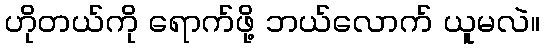
ဟိုတယ်ကို ရောက်ဖို့ ဘယ်လောက် ယူမလဲ။